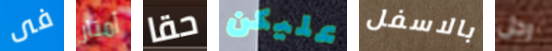
فى أمتار حقا عليكن بالاسفل رجل